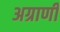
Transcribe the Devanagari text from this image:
अग्राणी